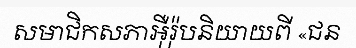
សមាជិកសភាអ៊ឺរ៉ុបនិយាយពី «ជន